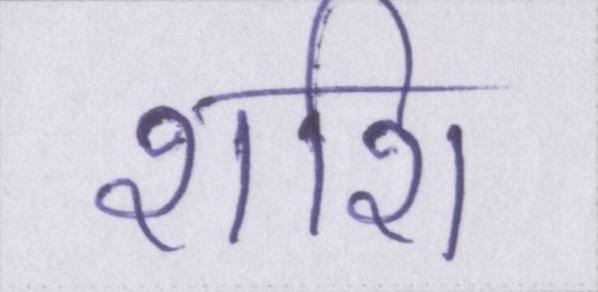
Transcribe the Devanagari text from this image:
शशि